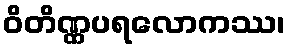
ဝိတိဏ္ဏပရလောကဿ၊